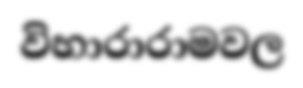
විහාරාරාමවල